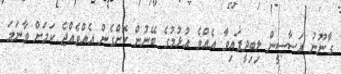
ގާނޫނު އަސާސީން ލިބިދީފައިވާ އެއްވެ އުޅުމުގެ ބޭނުން ކޮށްގެން އެއްވެއްޖެ ކަމަށް ވާނަމަ